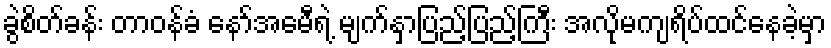
ခွဲစိတ်ခန်း တာဝန်ခံ နော်အေမီရဲ့ မျက်နှာပြည့်ပြည့်ကြီး အလိုမကျရိပ်ထင်နေခဲ့မှာ